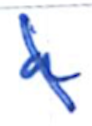
Text: a
Cross-out: diagonal
Writing tool: ballpoint